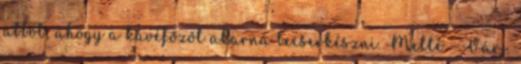
abból, ahogy a kávéfőzőt akarná becserkészni. Mellé - Várj.